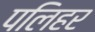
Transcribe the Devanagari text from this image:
पलिहर